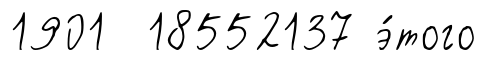
1901 18552137 э́того